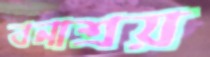
বনাশ্রয়